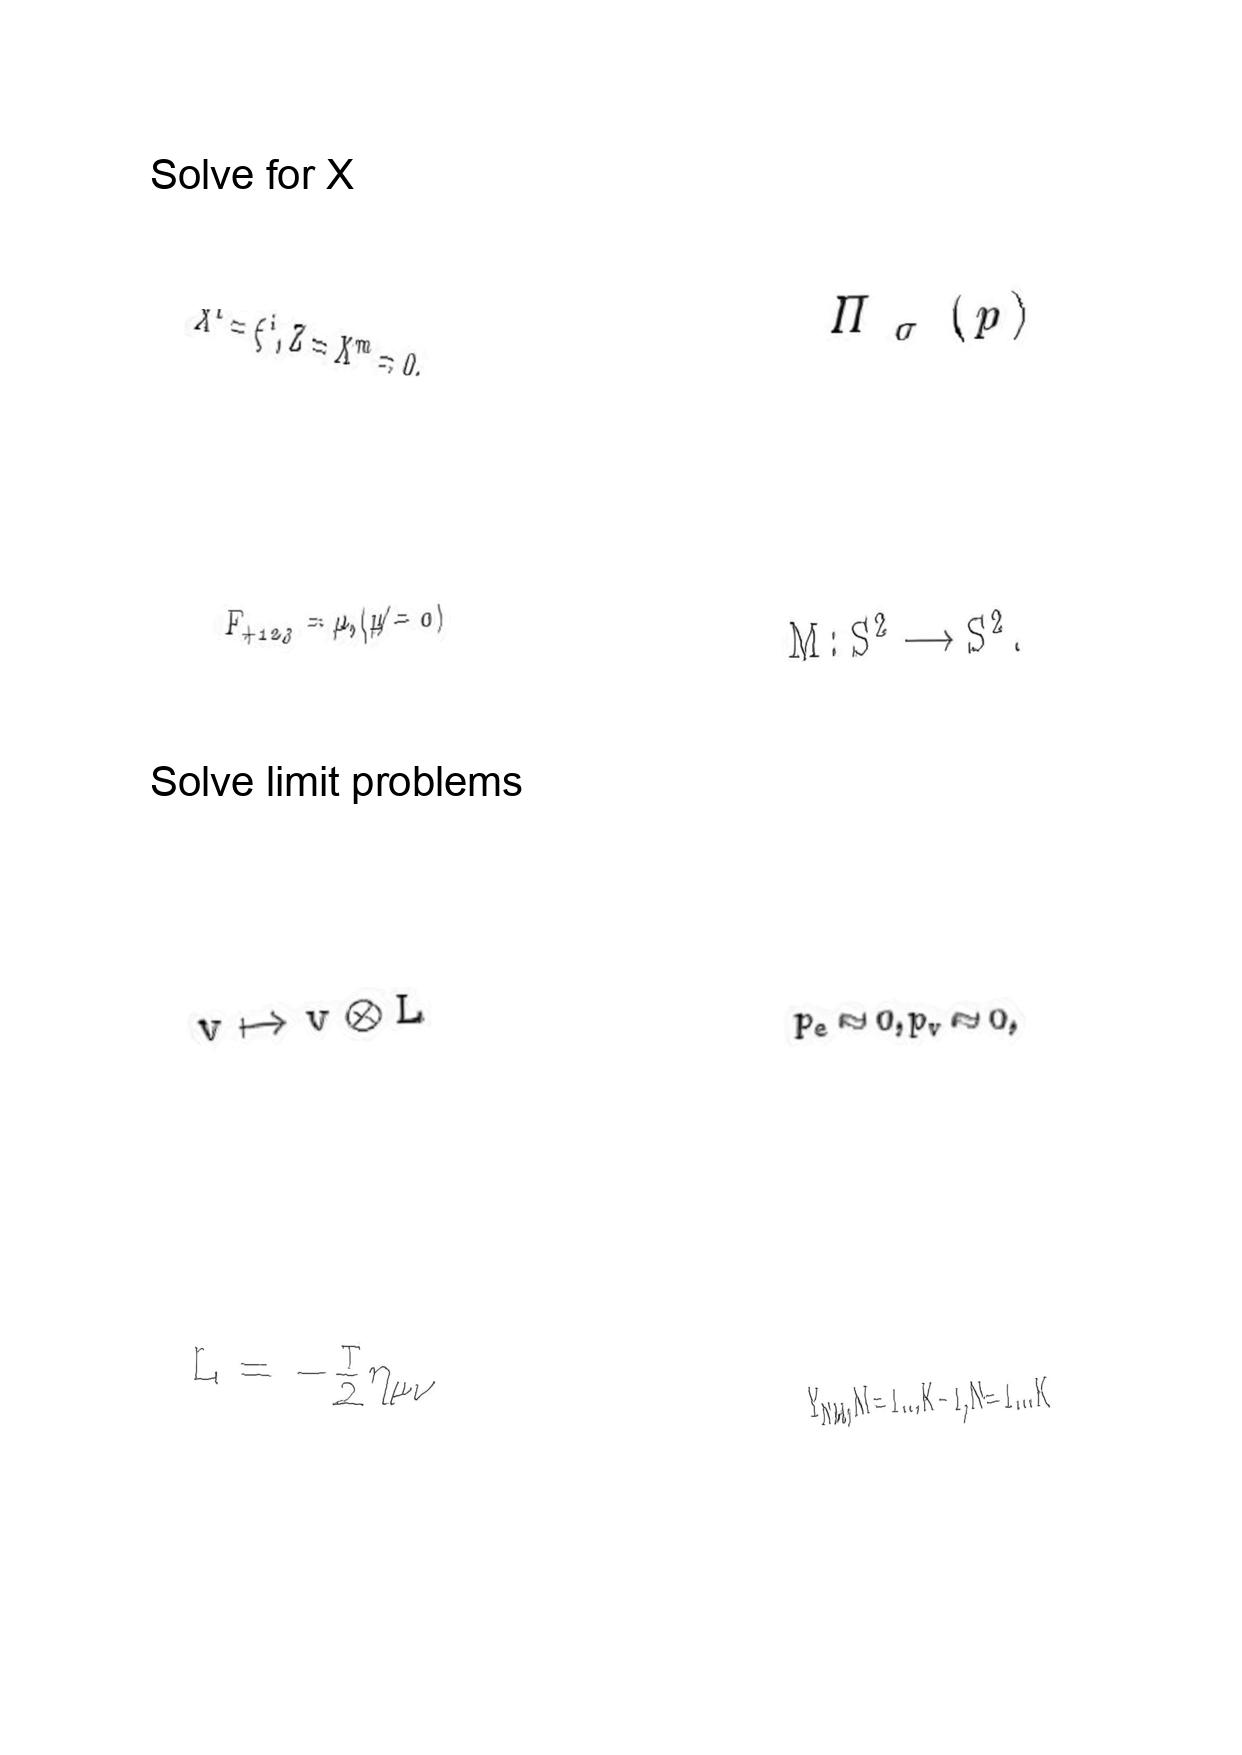
LaTeX transcription:
X ^ { i } = \xi ^ { i } , Z = X ^ { m } = 0 ,
F _ { + 1 2 3 } = \mu , \lparen \mu \neq 0 \rparen
v \mapsto v \otimes L
L = - \frac { T } { 2 } \eta _ { \mu \nu }
\Pi _ { \sigma } \lparen p \rparen
M : S ^ { 2 } \longrightarrow S ^ { 2 } .
p _ { e } \approx 0 , p _ { v } \approx 0 ,
Y _ { N M } , M = 1 \ldots K - 1 , N = 1 \ldots K